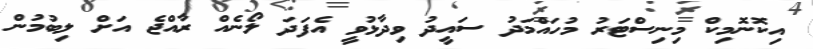
އިކޮނޮމިކް މިނިސްޓަރު މުހައްމަދު ސައީދު ވިދާޅުވީ އެފަދަ ލޯނެއް ރާއްޖެ އަށް ލިބުމުން